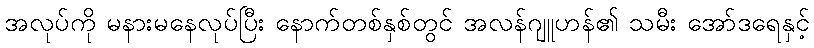
အလုပ်ကို မနားမနေလုပ်ပြီး နောက်တစ်နှစ်တွင် အလန်ဂျူဟန်၏ သမီး အော်ဒရေနှင့်